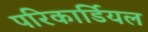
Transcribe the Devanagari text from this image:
परिकार्डियल